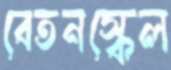
বেতনস্কেল